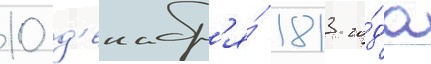
10 д'екабр'я́ 1813 го́да